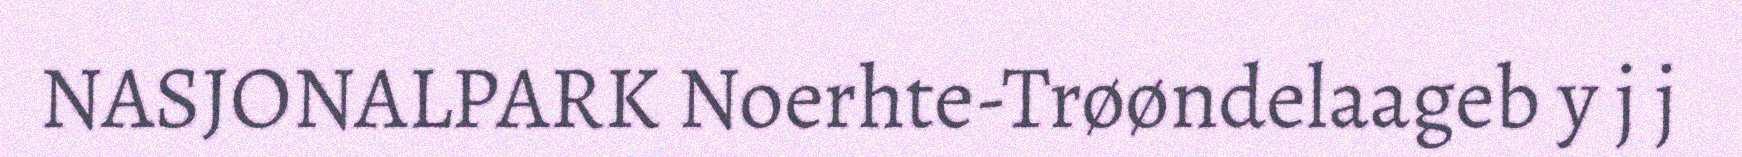
NASJONALPARK Noerhte-Trøøndelaageb y j j